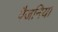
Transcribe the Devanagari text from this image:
पैजनिया